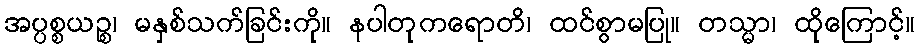
အပ္ပစ္စယဉ္စ၊ မနှစ်သက်ခြင်းကို။ နပါတုကရောတိ၊ ထင်စွာမပြု။ တသ္မာ၊ ထိုကြောင့်။